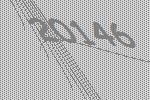
20146